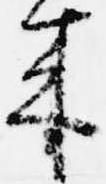
来